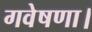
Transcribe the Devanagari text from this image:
गवेषणा।